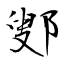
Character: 鄋